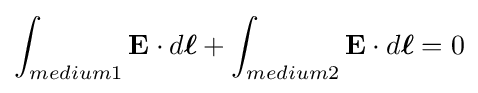
\int _{medium1}\mathbf {E} \cdot d{\boldsymbol {\ell }}+\int _{medium2}\mathbf {E} \cdot d{\boldsymbol {\ell }}=0